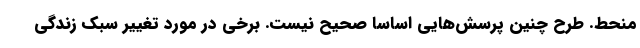
منحط. طرح چنین پرسش‌هایی اساسا صحیح نیست. برخی در مورد تغییر سبک زندگی